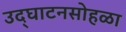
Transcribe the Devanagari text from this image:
उद्‌घाटनसोहळा